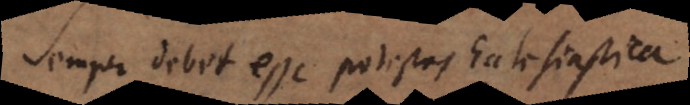
Semper debet esse potestas Ecclesiasti